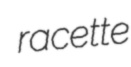
racette